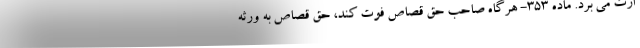
ارث می برد. ماده ۳۵۳- هرگاه صاحب حق قصاص فوت کند، حق قصاص به ورثه